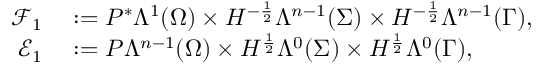
\begin{array} { r l } { \mathcal { F } _ { 1 } } & { { } : = P ^ { \ast } \Lambda ^ { 1 } ( \Omega ) \times H ^ { - \frac { 1 } { 2 } } \Lambda ^ { n - 1 } ( \Sigma ) \times H ^ { - \frac { 1 } { 2 } } \Lambda ^ { n - 1 } ( \Gamma ) , } \\ { \mathcal { E } _ { 1 } } & { { } : = P \Lambda ^ { n - 1 } ( \Omega ) \times H ^ { \frac { 1 } { 2 } } \Lambda ^ { 0 } ( \Sigma ) \times H ^ { \frac { 1 } { 2 } } \Lambda ^ { 0 } ( \Gamma ) , } \end{array}